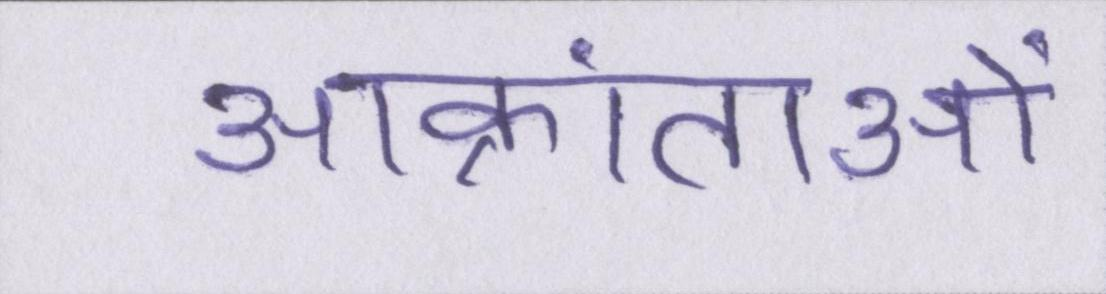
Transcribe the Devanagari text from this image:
आक्रांताओं